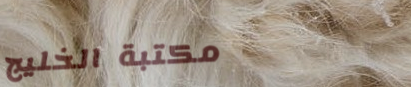
مكتبة الخليج